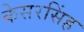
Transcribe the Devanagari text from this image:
केसरसिंह